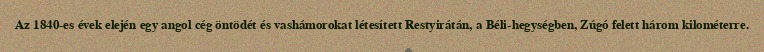
Az 1840-es évek elején egy angol cég öntödét és vashámorokat létesített Restyirátán, a Béli-hegységben, Zúgó felett három kilométerre.